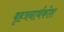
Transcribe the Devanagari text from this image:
बृहत्रनार्थकोश